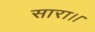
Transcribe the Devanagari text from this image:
सारा।।